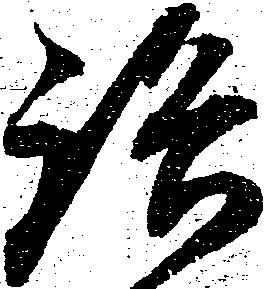
路